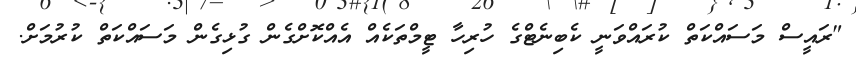
"ރައީސް މަސައްކަތް ކުރައްވަނީ ކެބިނެޓްގެ ހުރިހާ ޓީމްތަކެއް އެއްކޮށްގެން ގުޅިގެން މަސައްކަތް ކުރުމަށް.